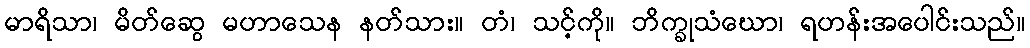
မာရိသာ၊ မိတ်ဆွေ မဟာသေန နတ်သား။ တံ၊ သင့်ကို။ ဘိက္ခုသံဃော၊ ရဟန်းအပေါင်းသည်။